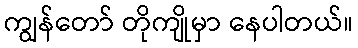
ကျွန်တော် တိုကျိုမှာ နေပါတယ်။